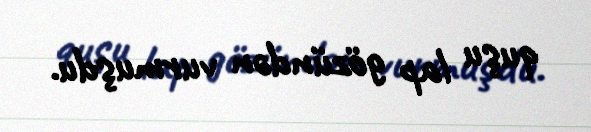
quşu lap gözündən vurmuşdu.